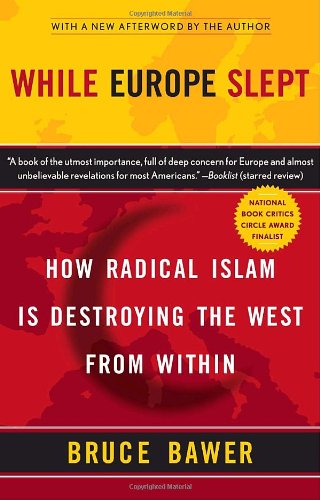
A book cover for While Europe Slept: How Radical Islam is Destroying the West from Within; Bruce Bawer; Politics & Social Sciences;